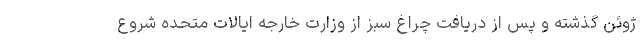
ژوئن گذشته و پس از دریافت چراغ سبز از وزارت خارجه ایالات متحده شروع